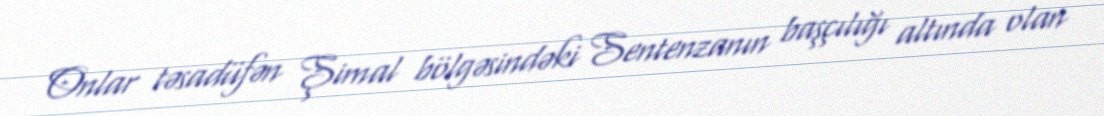
Onlar təsadüfən Şimal bölgəsindəki Sentenzanın başçılığı altında olan